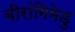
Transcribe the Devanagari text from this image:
बीरांगिमेडु